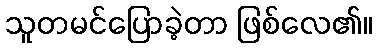
သူတမင်ပြောခဲ့တာ ဖြစ်လေ၏။